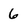
Character: 6